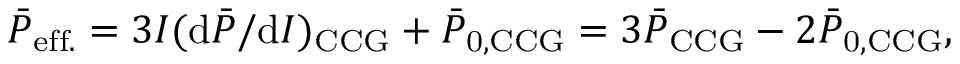
\bar { P } _ { \mathrm { e f f . } } = 3 I ( \mathrm { d } \bar { P } / \mathrm { d } I ) _ { \mathrm { C C G } } + \bar { P } _ { \mathrm { 0 , C C G } } = 3 \bar { P } _ { \mathrm { C C G } } - 2 \bar { P } _ { \mathrm { 0 , C C G } } ,